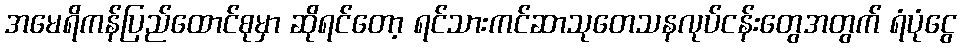
အမေရိကန်ပြည်ထောင်စုမှာ ဆိုရင်တော့ ရင်သားကင်ဆာသုတေသနလုပ်ငန်းတွေအတွက် ရံပုံငွေ